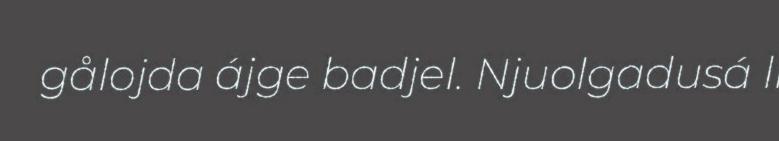
gålojda ájge badjel. Njuolgadusá li